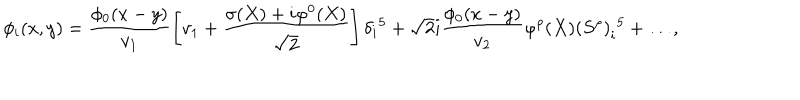
\phi _ { i } ( x , y ) = \frac { \phi _ { 0 } ( x - y ) } { v _ { 1 } } \left[ v _ { 1 } + \frac { \sigma ( X ) + i \varphi ^ { 0 } ( X ) } { \sqrt { 2 } } \right] \delta _ { i } { } ^ { 5 } + \sqrt { 2 } i \frac { \phi _ { 0 } ( x - y ) } { v _ { 2 } } \varphi ^ { \rho } ( X ) \left( S ^ { \rho } \right) _ { i } { } ^ { 5 } + \ldots ,